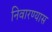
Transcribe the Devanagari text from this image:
निवारण्यास